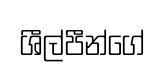
ශීල්පීන්ගේ